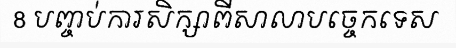
8 បញ្ចប់ការសិក្សាពីសាលាបច្ចេកទេស